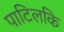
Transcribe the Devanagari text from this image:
पाटिलकि